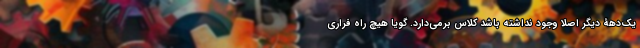
یک‌دهۀ دیگر اصلا وجود نداشته باشد کلاس برمی‌دارد. گویا هیچ راه فراری